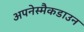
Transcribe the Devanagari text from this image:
अपनेस्मैकडाउन